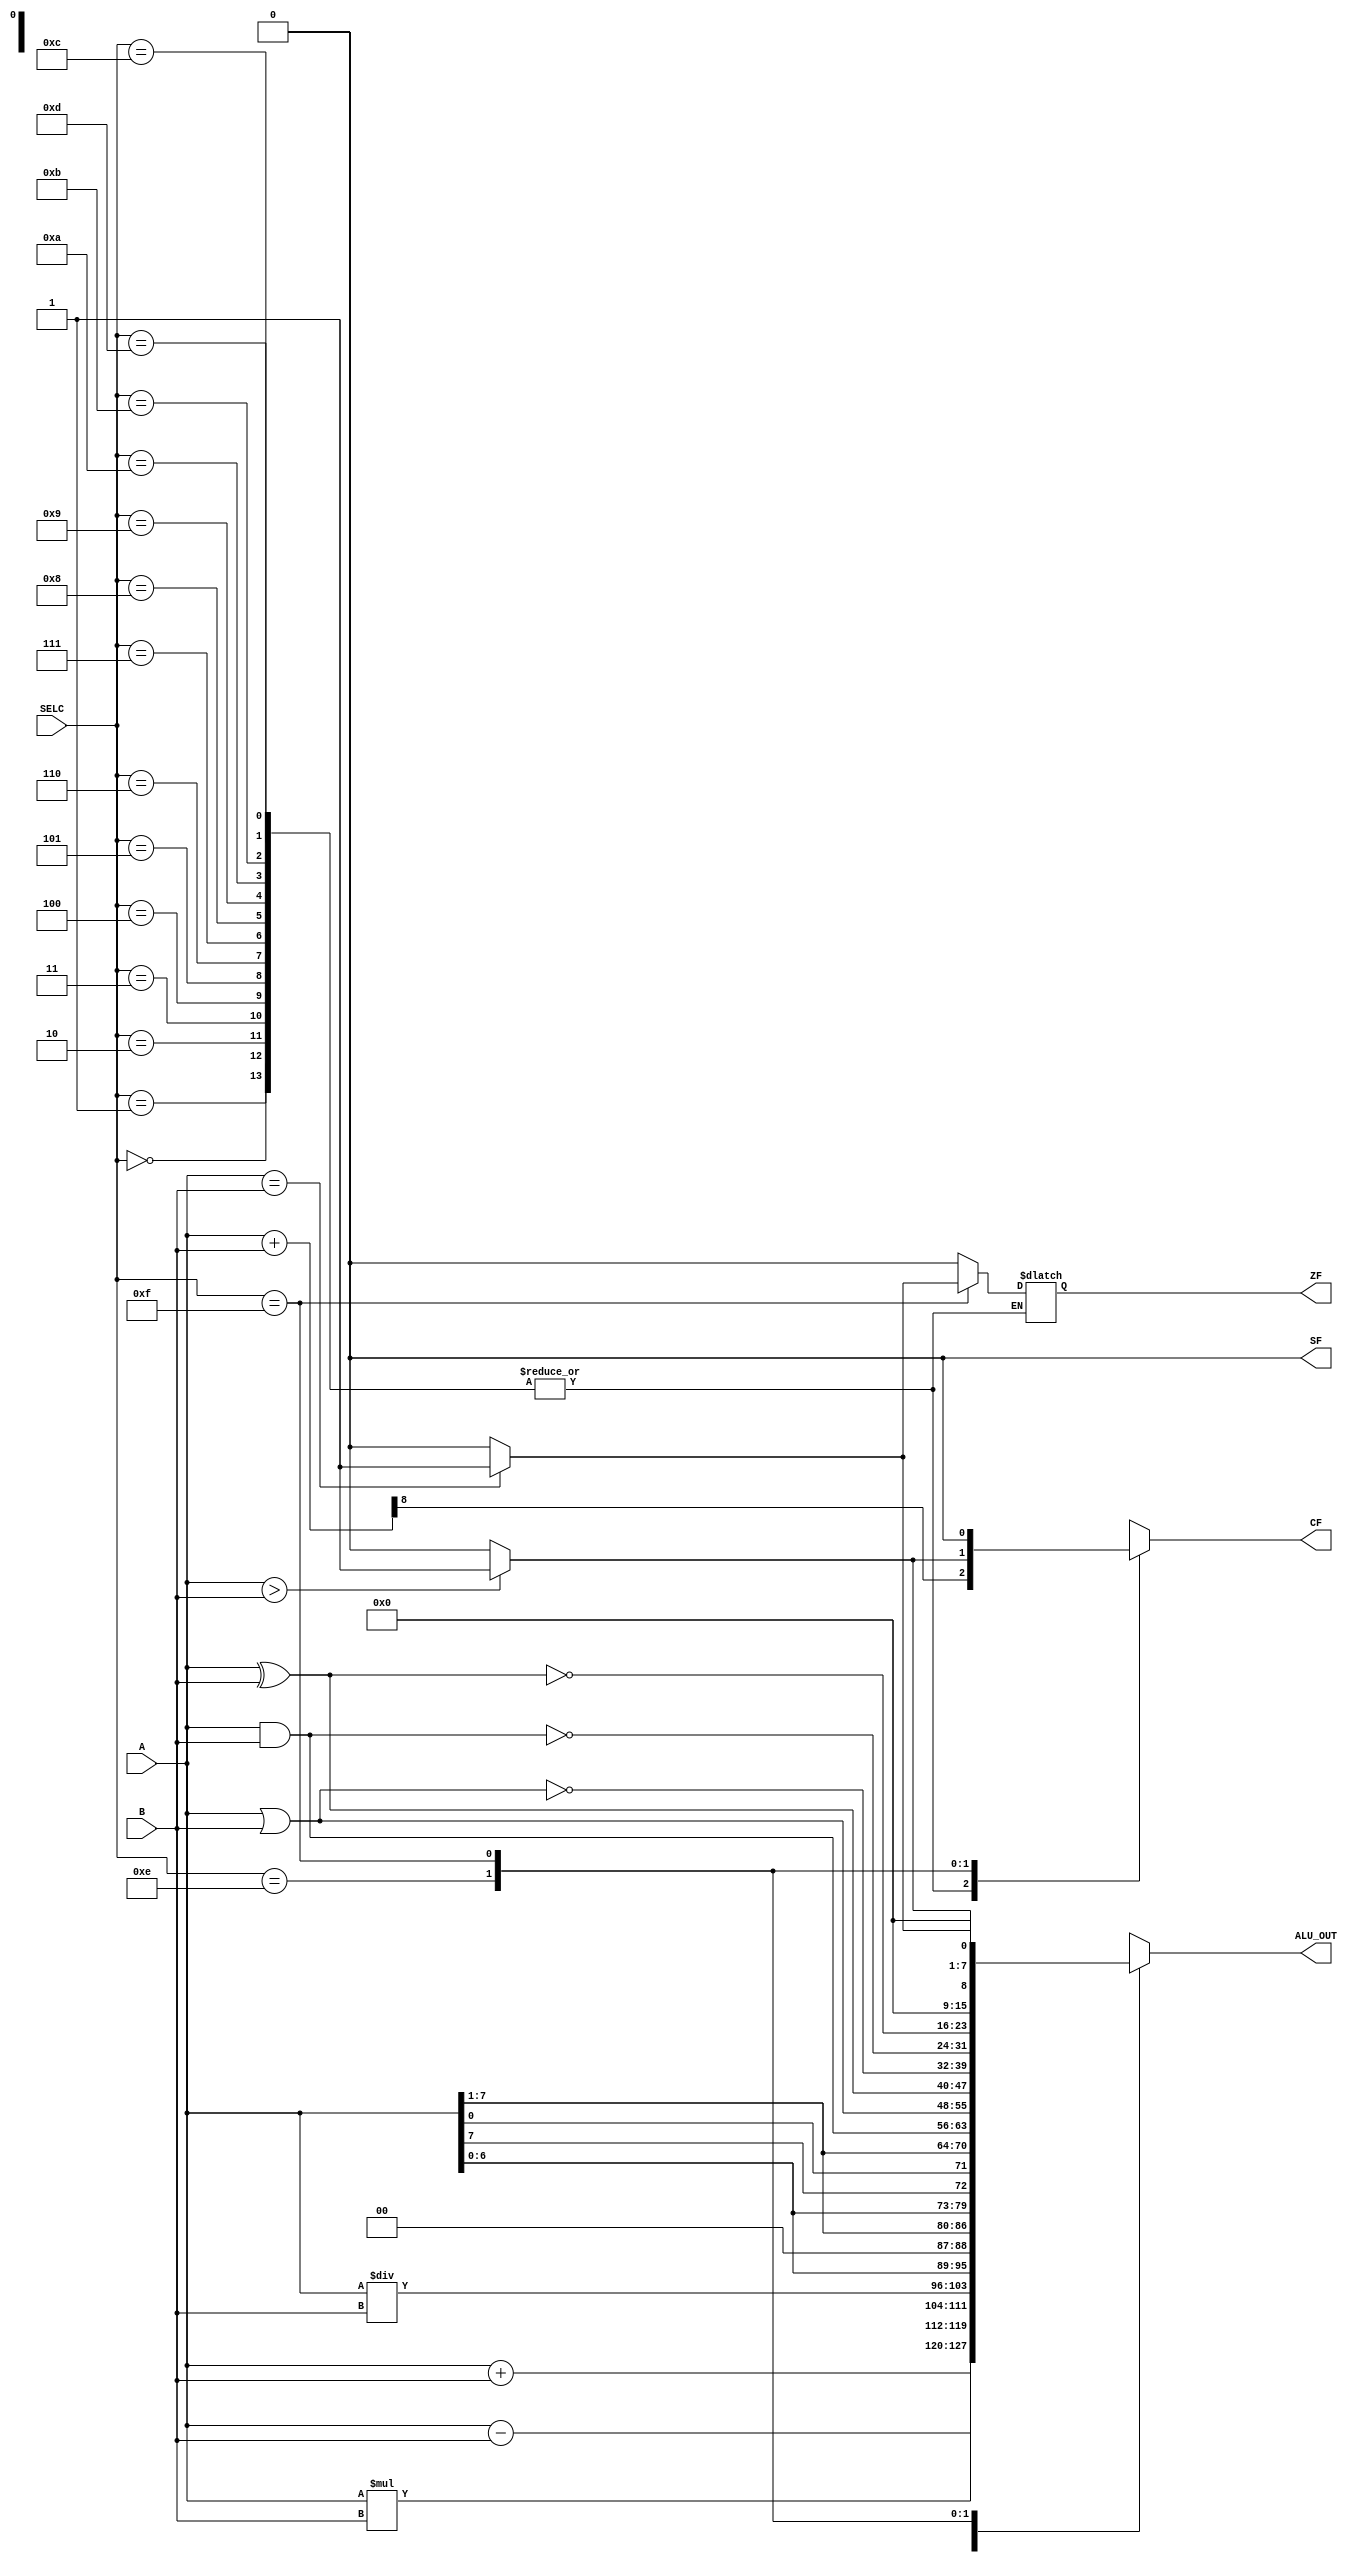
module CON_ALU(
  input [7:0] A,
  input [7:0] B,
  input [3:0] SELC,
  output [7:0] ALU_OUT,
  output reg CF,
  output reg ZF,
  output reg SF
);

wire [8:0] t;
assign t = {1'b0,A} + {1'b0,B};   
reg [7:0] RES;
reg temp_CF; // Temporary variable for CF

initial begin
  CF = 1'b0;
  ZF = 1'b0;
  SF = 1'b0;
end

always @* begin 
  temp_CF = t[8]; // Compute CF
  case(SELC)
    4'b0000: RES = A + B; // Addition
    4'b0001: RES = A - B; // Subtraction 
    4'b0010: RES = A * B; // Multiplication
    4'b0011: RES = A / B; // Division
    4'b0100: RES = A << 1; // Logical shift left
    4'b0101: RES = A >> 1; // Logical shift right
    4'b0110: RES = {A[6:0],A[7]}; // Rotate left
    4'b0111: RES = {A[0],A[7:1]}; // Rotate right
    4'b1000: RES = A & B; // Logical and 
    4'b1001: RES = A | B; // Logical or
    4'b1010: RES = A ^ B; // Logical xor 
    4'b1011: RES = ~(A | B); // Logical nor
    4'b1100: RES = ~(A & B); // Logical nand 
    4'b1101: RES = ~(A ^ B); // Logical xnor
    4'b1110: begin // Greater comparison
      if (A > B) begin
        RES = 8'd1;
        temp_CF = 1'b1;
        ZF = 1'b0;
        SF = 1'b0;
      end
      else begin
        RES = 8'd0;
        temp_CF = 1'b0;
        ZF = 1'b0;
        SF = 1'b0;
      end
    end
    4'b1111: begin // Equal comparison 
      if (A == B) begin
        RES = 8'd1;
        temp_CF = 1'b0;
        ZF = 1'b1;
        SF = 1'b0;
      end
      else begin
        RES = 8'd0;
        temp_CF = 1'b0;
        ZF = 1'b0;
        SF = 1'b0;
      end
    end
    default: begin
      RES = A + B;
      temp_CF = 1'b0;
      ZF = 1'b0;
      SF = 1'b0;
    end
  endcase
  CF = temp_CF; // Assign CF
end

assign ALU_OUT = RES;

endmodule